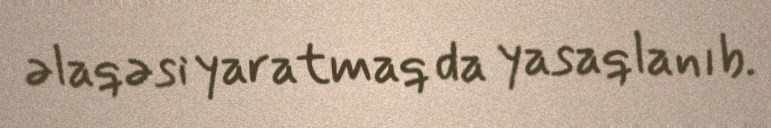
əlaqəsi yaratmaq da yasaqlanıb.